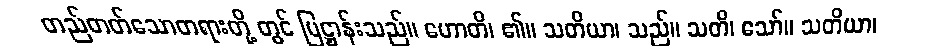
တည်တတ်သောတရားတို့ တွင် ပြဋ္ဌာန်းသည်။ ဟောတိ၊ ၏။ သတိယာ၊ သည်။ သတိ၊ သော်။ သတိယာ၊